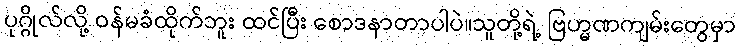
ပုဂ္ဂိုလ်လို့ ဝန်မခံထိုက်ဘူး ထင်ပြီး စောဒနာတာပါပဲ။သူတို့ရဲ့ ဗြဟ္မဏကျမ်းတွေမှာ